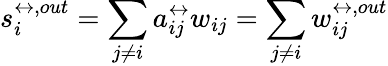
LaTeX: s_{i}^{\leftrightarrow,out}=\sum_{j\neq i}a_{ij}^{\leftrightarrow}w_{ij}=\sum_{j\neq i}w_{ij}^{\leftrightarrow,out}